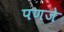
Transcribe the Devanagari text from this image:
पणजे